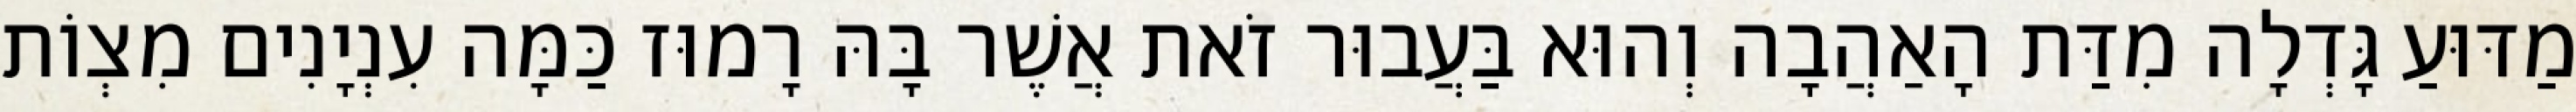
מַדּוּעַ גָּדְלָה מִדַּת הָאַהֲבָה וְהוּא בַּעֲבוּר זֹאת אֲשֶׁר בָּהּ רָמוּז כַּמָּה עִנְיָנִים מִצְוֹת